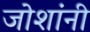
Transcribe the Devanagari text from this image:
जोशांनी